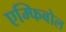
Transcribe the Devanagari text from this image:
एम्फिबोल